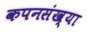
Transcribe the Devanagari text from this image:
कपनसंख्या